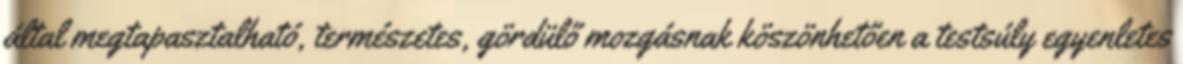
által megtapasztalható, természetes, gördülő mozgásnak köszönhetően a testsúly egyenletes